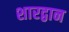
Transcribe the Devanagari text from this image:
शारद्वान